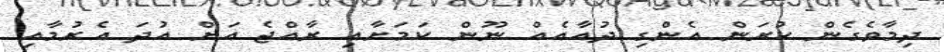
ދިމާވެގެން ކުރަން އެންގި ދުއާއެއް ނޫން ކަމަށާއި ރާއްޖެ އަށް އުދަ އެރުމާއި